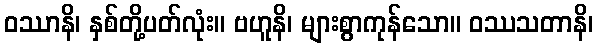
ဝဿာနိ၊ နှစ်တို့ပတ်လုံး။ ဗဟူနိ၊ များစွာကုန်သော။ ဝဿသတာနိ၊